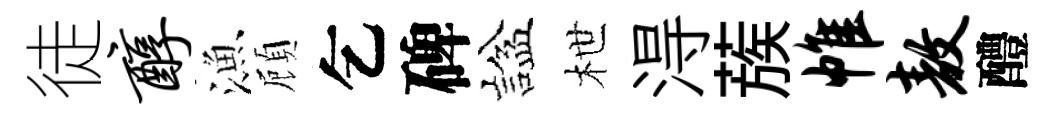
徒醇漁頋乞碑諡枻淂蔟帷敖醴